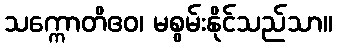
သက္ကောတိဧဝ၊ မစွမ်းနိုင်သည်သာ။